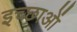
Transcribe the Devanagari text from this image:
इच्छाआें